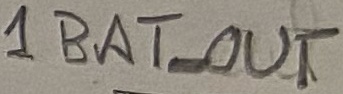
Text: 1BAT_OUT